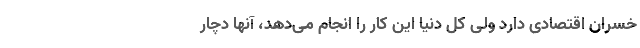
خسران اقتصادی دارد ولی کل دنیا این کار را انجام می‌دهد، آنها دچار